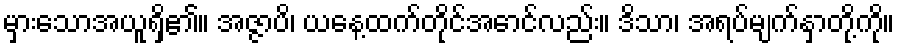
မှားသောအယူရှိ၏။ အဇ္ဇာပိ၊ ယနေ့ထက်တိုင်အောင်လည်း။ ဒိသာ၊ အရပ်မျက်နှာတို့ကို။